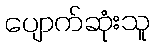
ပျောက်ဆုံးသူ